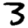
Digit: 3